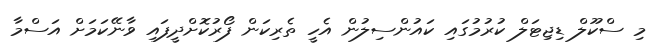
މި ސްކޫލް ޑިޖިޓަލް ކުރުމުގައި ކައުންސިލުން އެހީ ތެރިކަން ފޯރުކޮށްދީފައި ވާނޭކަމަށް އަސްމާ